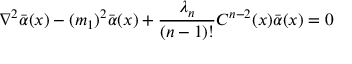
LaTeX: \nabla ^ { 2 } \bar { \alpha } ( x ) - ( m _ { 1 } ) ^ { 2 } \bar { \alpha } ( x ) + \frac { \lambda _ { n } } { ( n - 1 ) ! } C ^ { n - 2 } ( x ) \bar { \alpha } ( x ) = 0